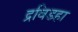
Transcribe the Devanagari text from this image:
द्रविडहा